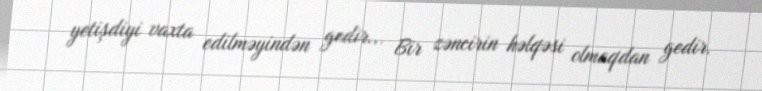
yetişdiyi vaxta edilməyindən gedir... Bir zəncirin həlqəsi olmaqdan gedir.